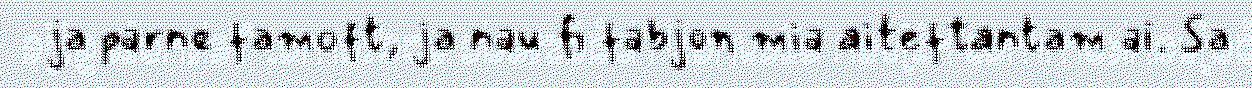
ja parne famoft, ja nau fi fabjon mia aiteftantam ai. Sa